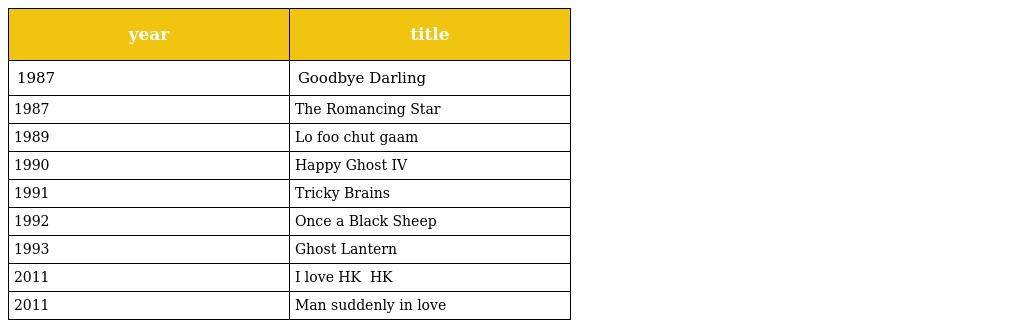
| year | title |
 | --- | --- |
 | 1987 | Goodbye Darling 《 呷醋大丈夫 》 |
 | 1987 | The Romancing Star 《 精装追女仔 》 |
 | 1989 | Lo foo chut gaam 《 老虎出监 》 |
 | 1990 | Happy Ghost IV 《 开心鬼救开心鬼 》 |
 | 1991 | Tricky Brains 《 整蛊专家 》 |
 | 1992 | Once a Black Sheep 《 草莽英雄 》 |
 | 1993 | Ghost Lantern 《 新人皮灯笼 》 |
 | 2011 | I love HK 《 我爱HK开心万岁 》 |
 | 2011 | Man suddenly in love 《 猛男滚死队 》 |